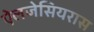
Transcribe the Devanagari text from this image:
ऐलजेसियरास